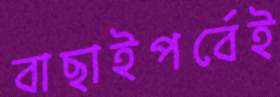
বাছাইপর্বেই